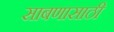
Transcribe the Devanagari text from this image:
साबणासाठी